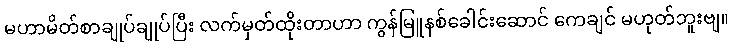
မဟာမိတ်စာချုပ်ချုပ်ပြီး လက်မှတ်ထိုးတာဟာ ကွန်မြူနစ်ခေါင်းဆောင် ကေချင် မဟုတ်ဘူးဗျ။